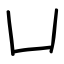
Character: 凵